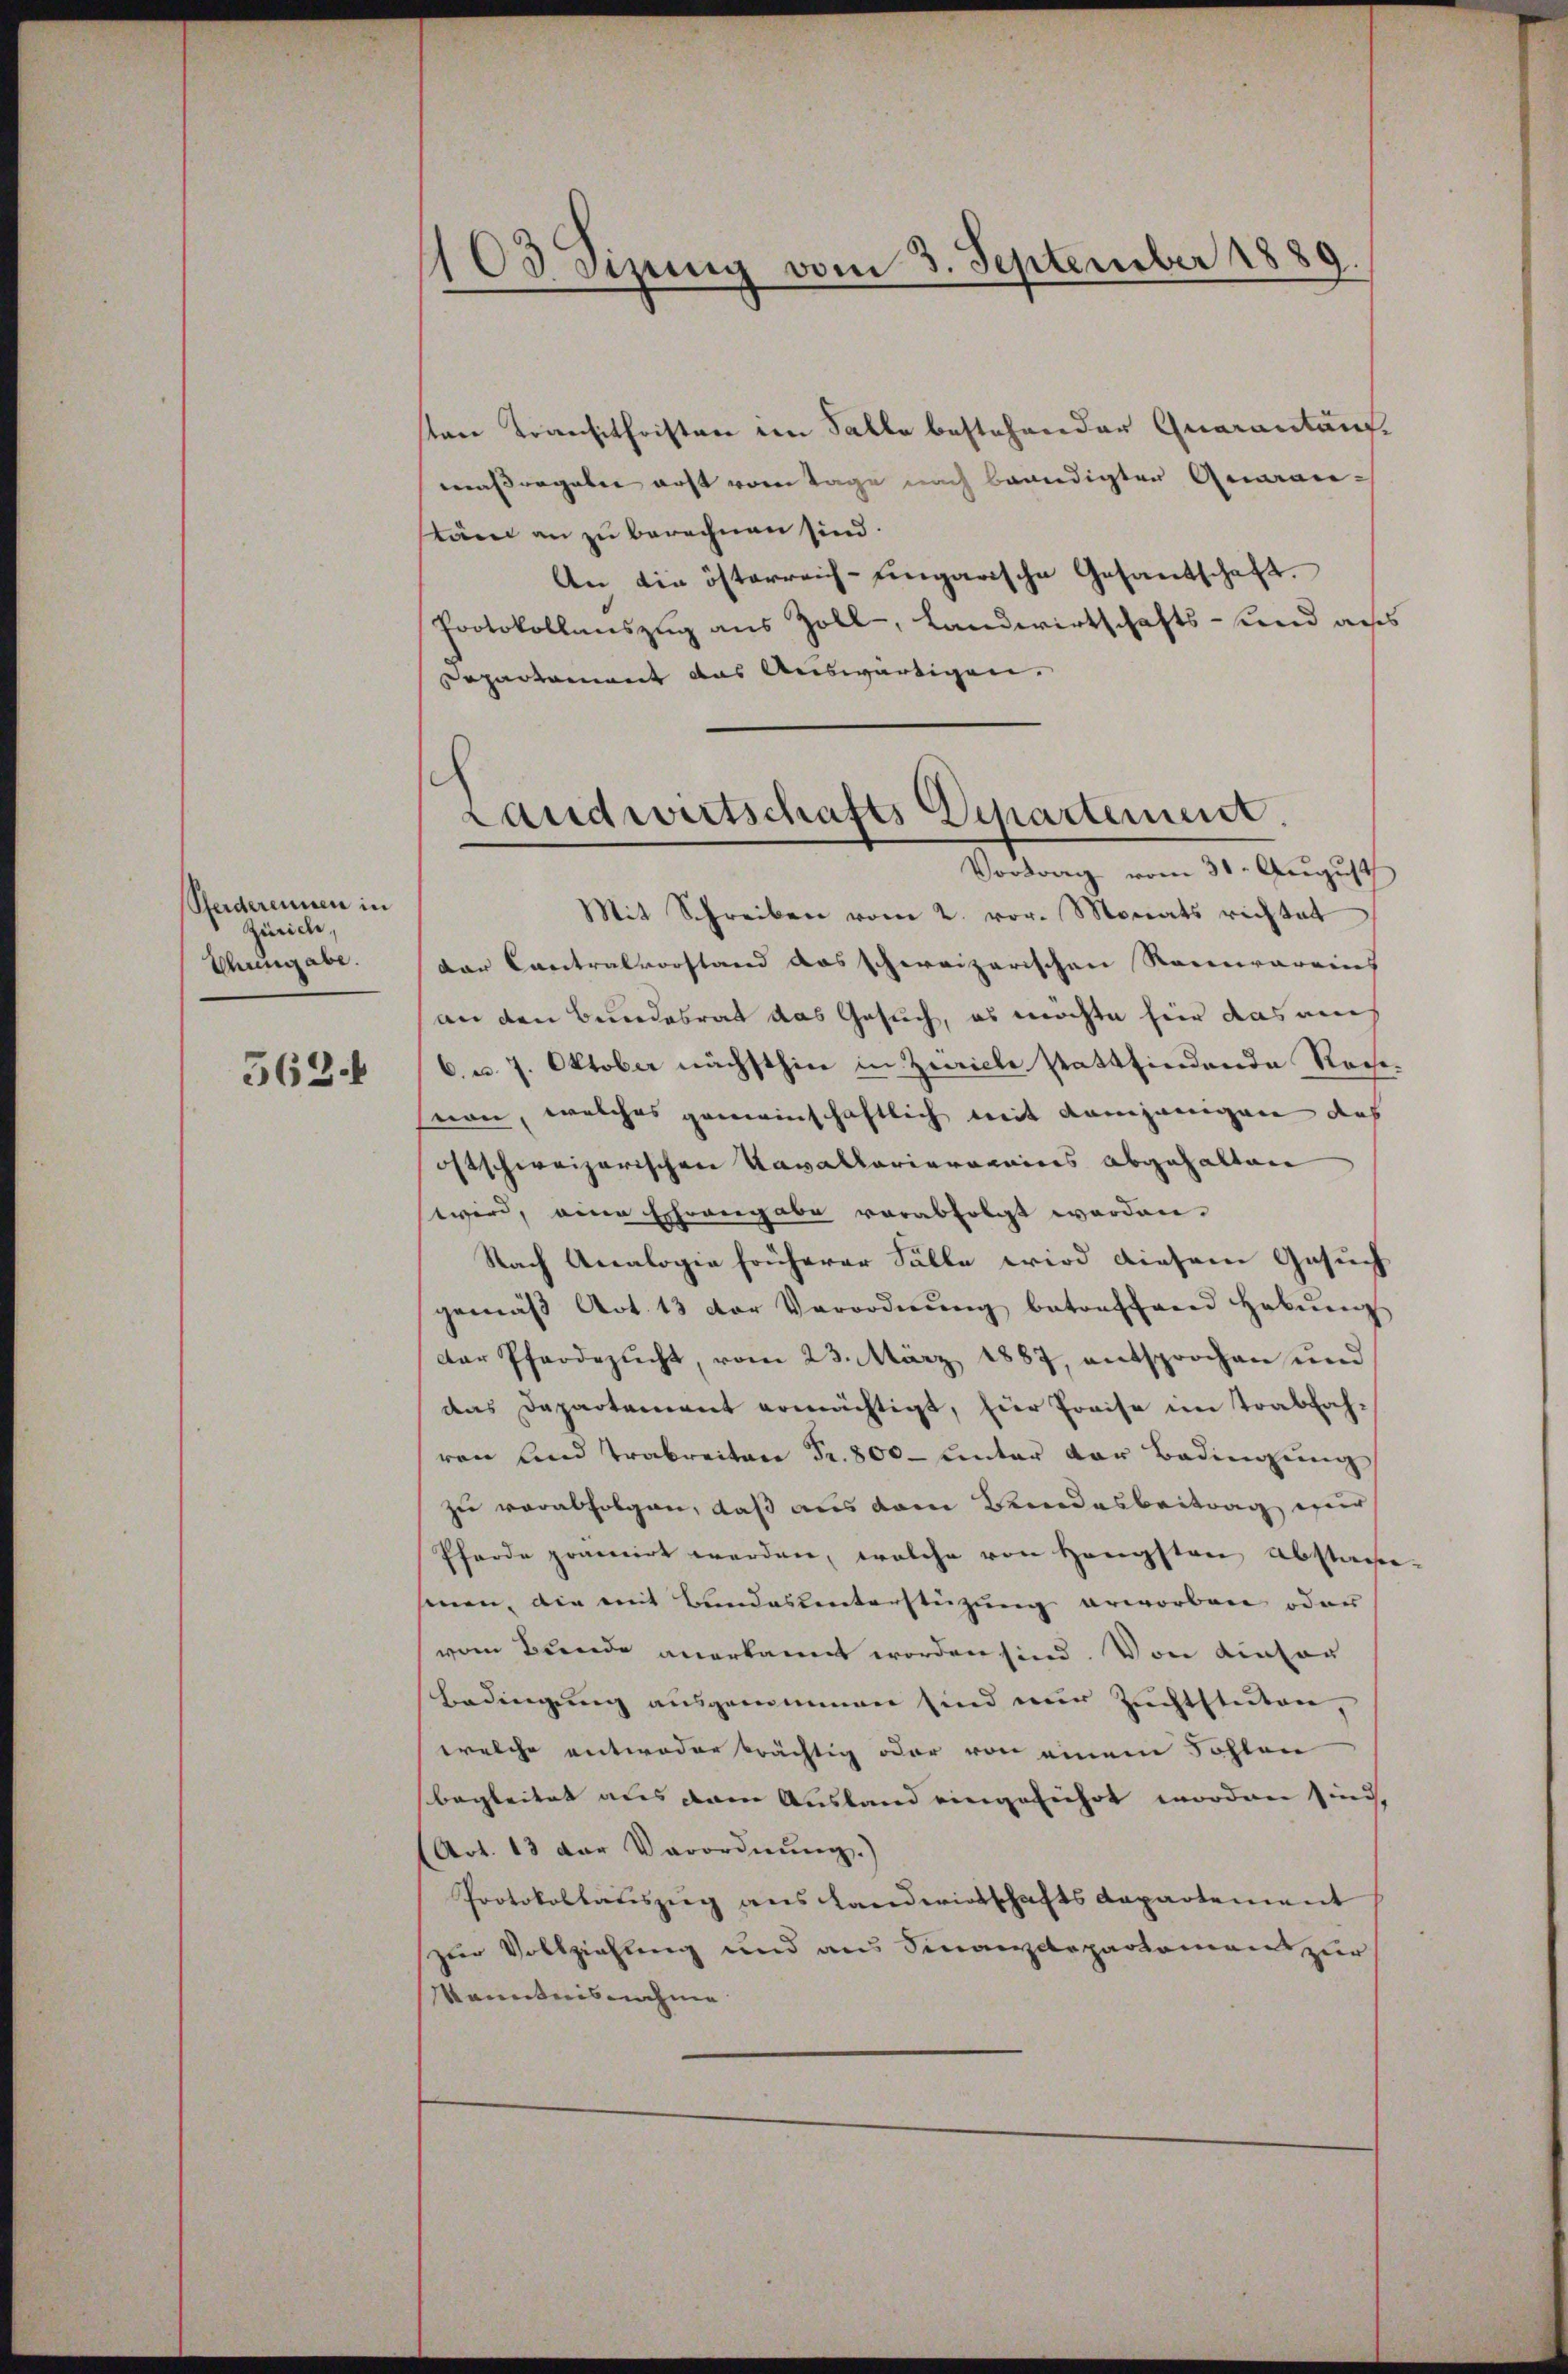
Pferderennen in
Zürich,
Schingabe.

3624

103 Sizung vom 3. September 1889.

sten Transithristen im Falle bestehender Quarantaufmassergeben erst vom Tage nach beendigten Quaranstäm an zu berechnen sind.
An die österreich-ungarische Gesandschaft.
Protokollauszug aus Zoll-, Landwirtschafts- und aus
Separtament das Auswärtigen.
Mit Schreiben vom 2. vor. Monats richtet
dar Cantralvorstand das schweizerischen Recurareins
an den Bundesrat das Gesuch, es möchte hier das auch
6. u. 7. Oktober nächsthin in Zeiche stattfindende Rechthnen, welches gemeinschaftlich mit demjenigen dies
oftschweizerischen Kavallarierrains abgehalten
wird, eine Ehrengabe verabfolgt worden.
Nach Analogie früherer Fälle wird diesem Gesuch
gemäβ Art. 13 der Verordnŭng betreffend habŭng
der Pfarrezucht, vom 23. März 1887, entsprochen und
das Departement ermächtigt, für Preise im Trabfah-
von und Trabreiten Fr. 800 - Unter der Bedingung
zu verabfolgen, daß aus dem Kindesbeitrag nur
Pferde pramirt werden, welche von Hengsten Abstage.
senen, die mit Bundestenterstützung erworben oder
vom Bunde anerkannt worden sind. Von einstor
Bedingung ausgenommen sind nur Zuchtsteten,
welche entweder brächtig oder von einem Sohlen
begleitet aus dem Ausland eingeführt worden sind,
(Art. 13 der Verordnŭng.)
Protokollauszug aus Landwirtschaftsdepartement
zur Vollziehung und aus Finanzdepartement zur
Kenntnisnahme

Landwirtschafts Departement.
Vortrag vom 31. August